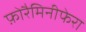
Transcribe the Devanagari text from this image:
फ़ोरैमिनीफेरा